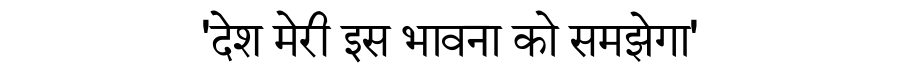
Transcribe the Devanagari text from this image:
'देश मेरी इस भावना को समझेगा'